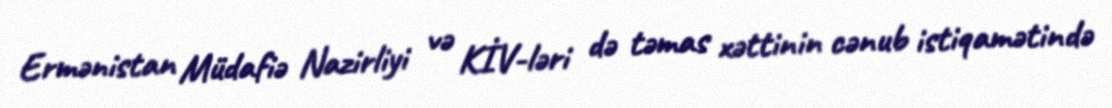
Ermənistan Müdafiə Nazirliyi və KİV-ləri də təmas xəttinin cənub istiqamətində